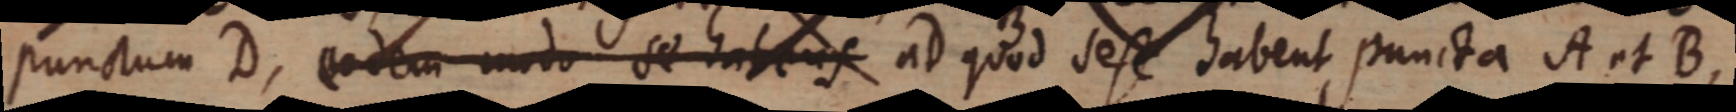
punctum D, eodem modo se habens ad quod sese habent puncta A et B,